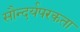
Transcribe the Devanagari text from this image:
सौन्दर्यपरकता